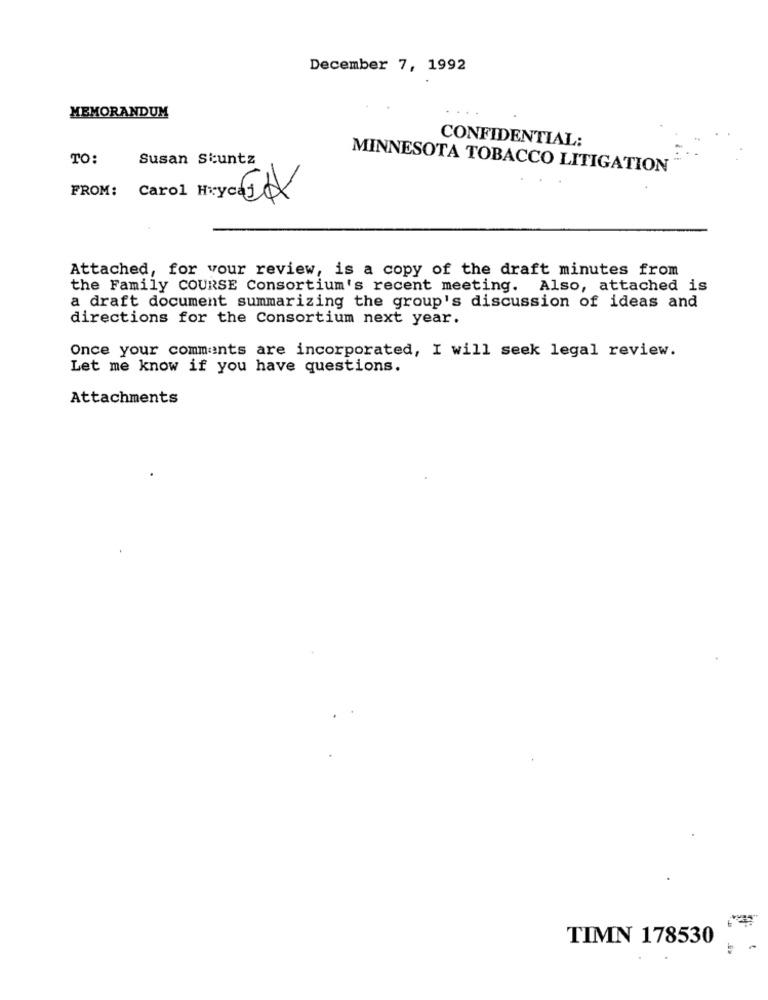
December 7, 1992
MEMORANDUM
CONFIDENTIAL:
TO:
Susan Siuntz
MINNESOTA TOBACCO LITIGATION
FROM:
Carol H
Attached, for your review, is a copy of the draft minutes from
the Family COURSE Consortium's recent meeting. Also, attached is
a draft document summarizing the group's discussion of ideas and
directions for the Consortium next year.
Once your comments are incorporated, I will seek legal review.
Let me know if you have questions.
Attachments
TIMN 178530